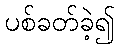
ပစ်ခတ်ခဲ့၍